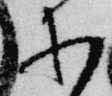
等